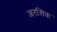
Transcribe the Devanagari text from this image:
अरसिक